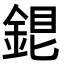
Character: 𨧏